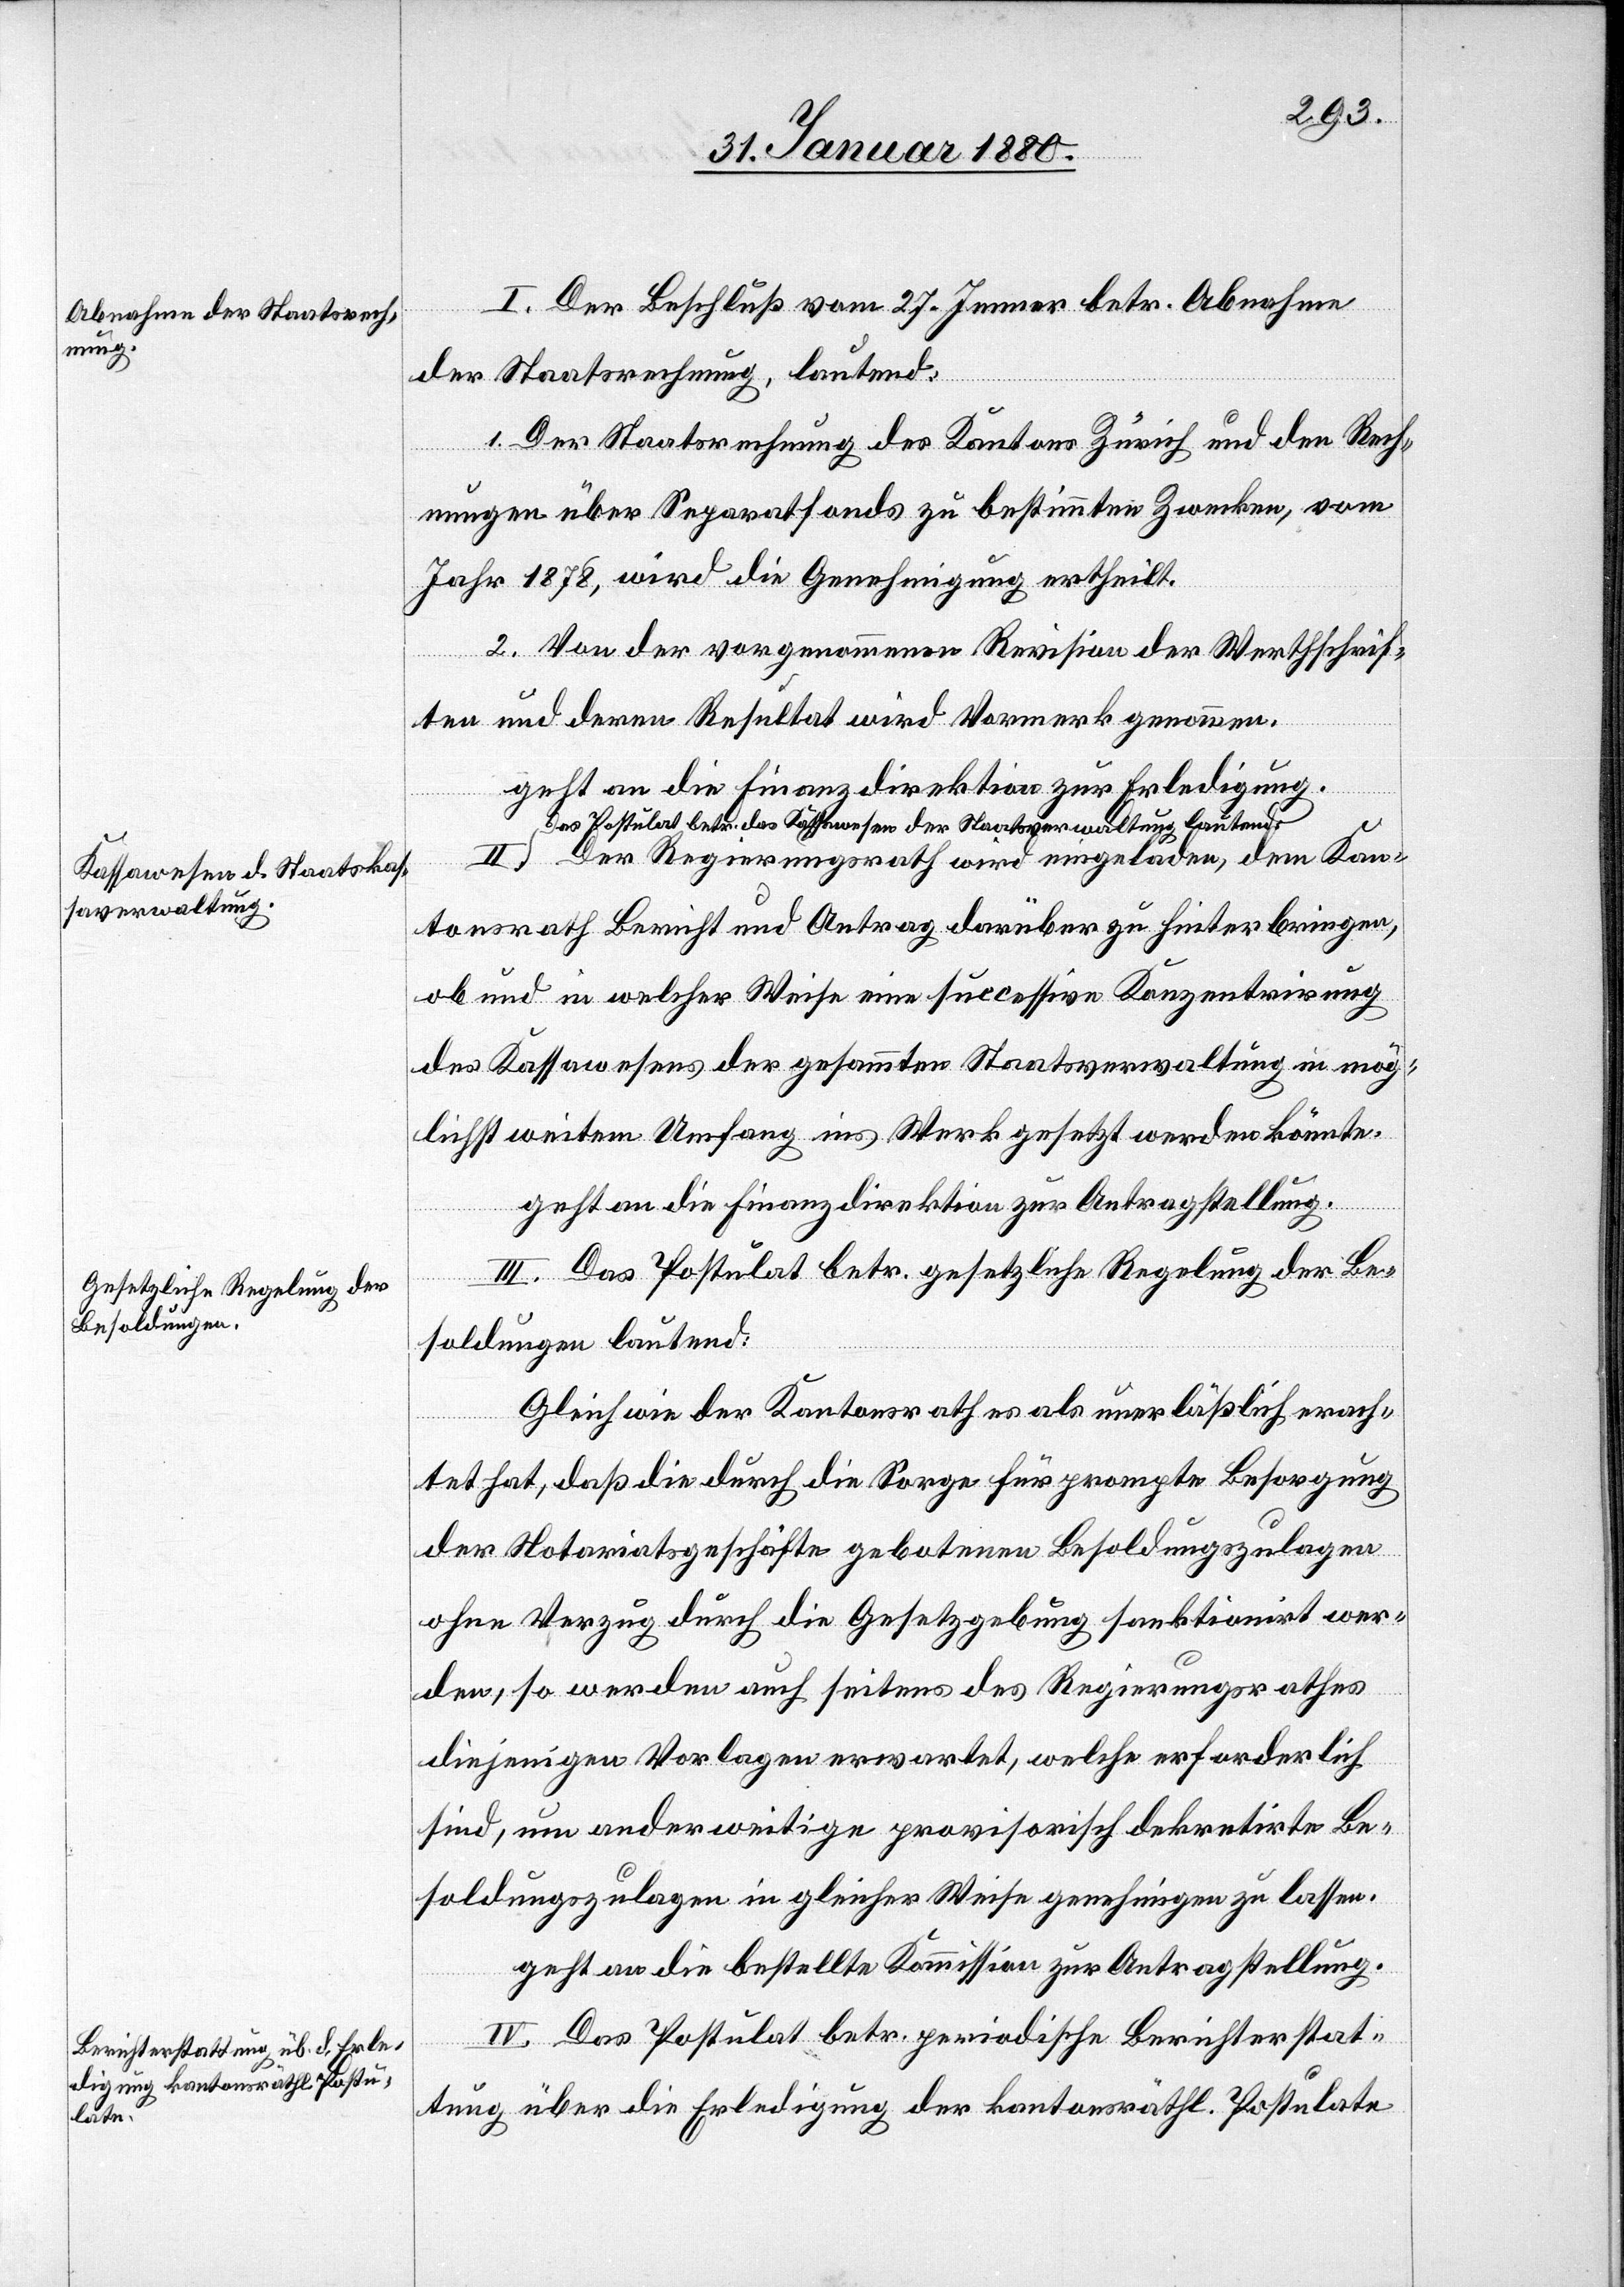
I. Der Beschluß vom 27. Jenner betr. Abnahme
der Staatsrechnung, lautend:
1. Der Staatsrechnung des Kantons Zürich und den Rech¬
nungen über Separatfonds zu bestimmten Zwecken, vom
Jahr 1878, wird die Genehmigung ertheilt.
2. Von der vorgenommenen Revision der Werthschrif¬
ten und deren Resultat wird Vormerk genommen.
geht an die Finanzdirektion zur Erledigung.
a-Das Postulat des Kassawesen der Staatsverwaltung lauten¬
d-a Der Regierungsrath wird eingeladen, dem Kan¬
tonsrath Bericht und Antrag darüber zu hinterbringen,
ob und in welcher Weise eine successive Konzentrirung
des Kassawesens der gesammten Staatsverwaltung in mög¬
lichst weitem Umfang ins Werk gesetzt werden könnte.
geht an die Finanzdirektion zur Antragstellung.
III. Das Postulat betr. gesetzliche Regelung der Be¬
soldungen lautend:
Gleich wie der Kantonsrath es als unerläßlich erach¬
tet hat, daß die durch die Sorge für prompte Besorgung
der Notariatsgeschäfte gebotenen Besoldungszulagen
ohne Verzug durch die Gesetzgebung sanktionirt wer¬
den, so werden auch seitens des Regierungsrathes
diejenigen Vorlagen erwartet, welche erforderlich
sind, um anderweitige provisorisch dekretirte Be¬
soldungszulagen in gleicher Weise genehmigen zu lassen.
geht an die bestellte Kommission zur Antragstellung.
IV. Das Postulat betr. periodische Berichterstat¬
tung über die Erledigung der kantonsräthl. Postulate